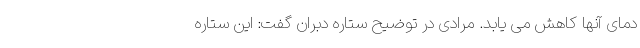
دمای آنها کاهش می یابد. مرادی در توضیح ستاره دبران گفت: این ستاره